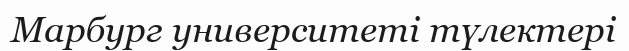
Марбург университеті түлектері